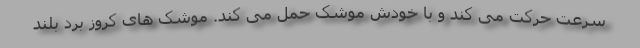
سرعت حرکت می کند و با خودش موشک حمل می کند. موشک های کروز برد بلند